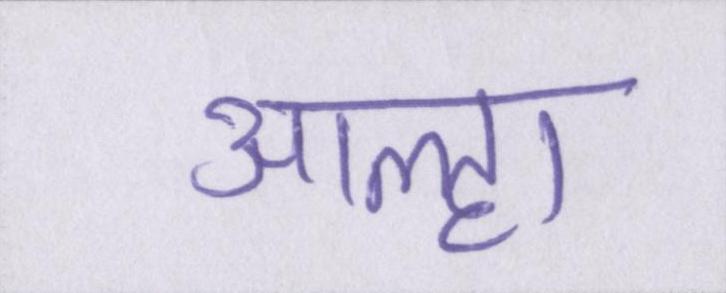
आल्हा